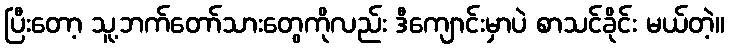
ပြီးတော့ သူ့ဘက်တော်သားတွေကိုလည်း ဒီကျောင်းမှာပဲ စာသင်ခိုင်း မယ်တဲ့။